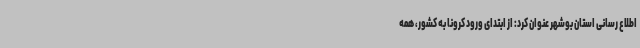
اطلاع رسانی استان بوشهر عنوان کرد: از ابتدای ورود کرونا به کشور، همه